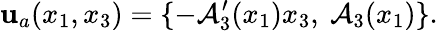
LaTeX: \boldsymbol{\mathbf{u}}_{a}(x_{1},x_{3})=\{ -\mathcal{{A}}_{3}^{\prime}(x_{1})x_{3},\ \mathcal{{A}}_{3}(x_{1})\} .